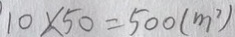
1 0 \times 5 0 = 5 0 0 ( m ^ { 2 } )